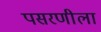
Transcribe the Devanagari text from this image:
पसरणीला